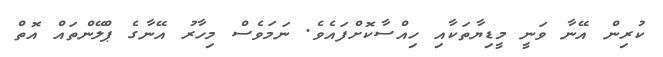
ކުރިން އޭނާ ވަނީ މީޑިޔާތަކާއި ހިއްސާކޮށްފައެވެ. ނަމަވެސް މިހާރު އޭނާގެ ޕްލޭންތައް އޮތް